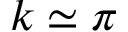
k \simeq \pi